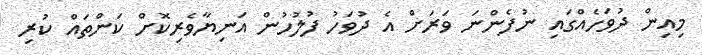
މިއިން ދުވަހެއްގައި ނުފެންނަ ވަރަށް އެ ދުވަހު ފުލުހުން އަނިޔާވެރިކޮށް ކަންތައް ކުރި